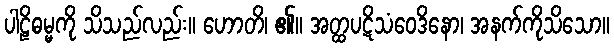
ပါဠိဓမ္မကို သိသည်လည်း။ ဟောတိ၊ ၏။ အတ္ထပဋိသံဝေဒိနော၊ အနက်ကိုသိသော။